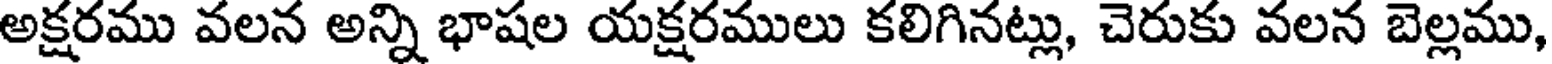
అక్షరము వలన అన్ని భాషల యక్షరములు కలిగినట్లు, చెరుకు వలన బెల్లము,